Scottish Leaving Certificate Examination, 1957
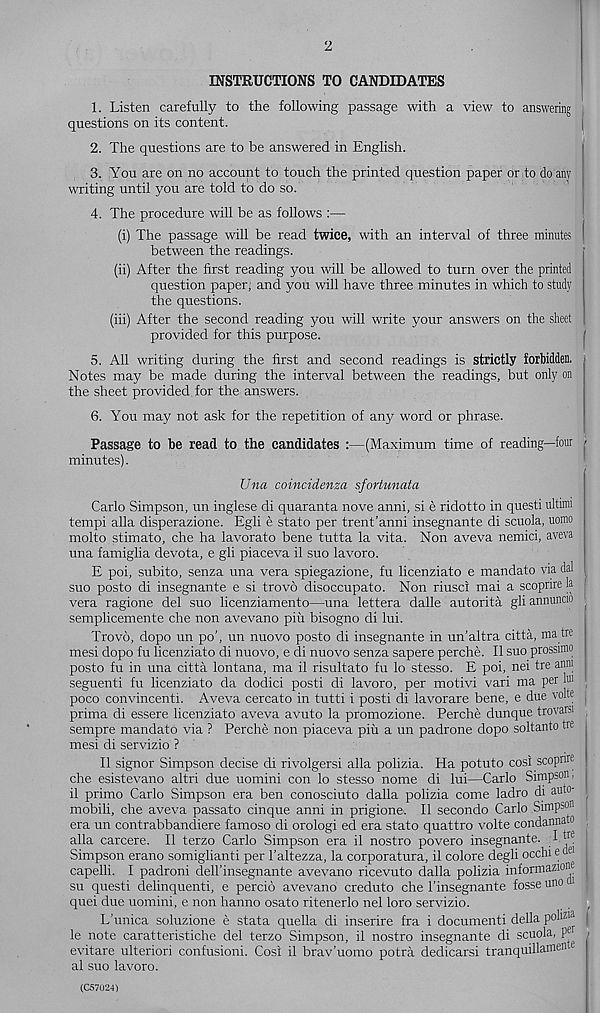
2
INSTRUCTIONS TO CANDIDATES
1. Listen carefully to the following passage with a view to answering
questions on its content.
2. The questions are to be answered in English.
3. You are on no account to touch the printed question paper or to do any
writing until you are told to do so.
4. The procedure will be as follows :—
(i) The passage will be read twice, with an interval of three minutes I
between the readings.
(ii) After the first reading you will be allowed to turn over the printed
question paper, and you will have three minutes in which to study
the questions.
(iii) After the second reading you will write your answers on the sheet
provided for this purpose.
5. All writing during the first and second readings is strictly forbidden.
Notes may be made during the interval between the readings, but only on
the sheet provided,for the answers.
6. You may not ask for the repetition of any word or phrase.
Passage to be read to the candidates :—(Maximum time of reading—four /
minutes).
Una coincidenza sfortunata
Carlo Simpson, un inglese di quaranta nove anni, si e ridotto in quest! ultrnu
tempi alia disperazione. Egli e state per trent’anni insegnante di scuola, uomo
molto stimato, che ha lavorato bene tutta la vita. Non aveva nemici, aveva
una famiglia devota, e gli piaceva il suo lavoro.
E poi, subito, senza una vera spiegazione, fu licenziato e mandate via dal
suo posto di insegnante e si trovb disoccupato. Non riusci mai a scoprire la (
vera ragione del suo licenziamento—una lettera dalle autorita gli annuncio
semplicemente che non avevano piu bisogno di lui.
Trovo, dopo un po’, un nuovo posto di insegnante in un’altra citta, ma tre
mesi dopo fu licenziato di nuovo, e di nuovo senza sapere perche. II suo prossuno
posto fu in una citta lontana, ma il risultato fu lo stesso. E poi, nei tre anm
seguenti fu licenziato da dodici posti di lavoro, per motivi vari ma per Jui
poco convincenti. Aveva cercato in tutti i posti di lavorare bene, e due volte
prima di essere licenziato aveva avuto la promozione. Perche dunque trovarsi
sempre mandate via ? Perche non piaceva piu a un padrone dopo soltanto tre
mesi di servizio ?
Il signor Simpson decise di rivolgersi alia polizia. Ha potuto cosi scopnre
che esistevano altri due uomini con lo stesso nome di lui—Carlo Simpson,
il primo Carlo Simpson era ben conosciuto dalla polizia come ladro di auto-
mobili, che aveva passato cinque anni in prigione. Il secondo Carlo Simpso 11 |
era un contrabbandiere famoso di orologi ed era stato quattro volte condannato
alia carcere. Il terzo Carlo Simpson era il nostro povero insegnante. I tre
Simpson erano somiglianti per 1’altezza, la corporatura, il colore degli occhi e oe
capelli. I padroni dell’insegnante avevano ricevuto dalla polizia informazion 1 ;
su questi delinquent!, e percio avevano creduto che 1’insegnante fosse uno
quei due uomini, e non hanno osato ritenerlo nel loro servizio.
L’unica soluzione e stata quella di inserire fra i document! della pohza |
le note caratteristiche del terzo Simpson, il nostro insegnante di scuola, P er
evitare ulteriori confusion!. Cosi il brav’uomo potra dedicarsi tranquillamea
al suo lavoro.
(C57U24)